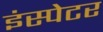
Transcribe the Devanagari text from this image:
इंस्पेटर